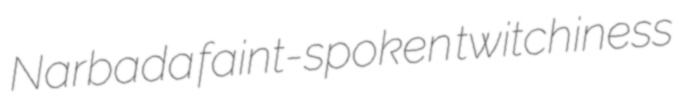
Narbada faint-spoken twitchiness